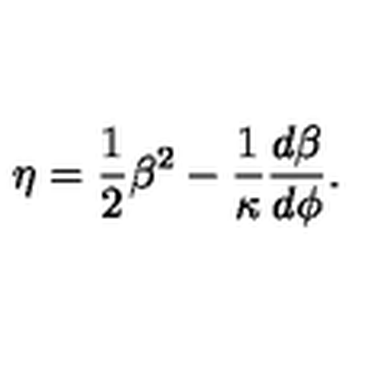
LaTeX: \eta = { \frac { 1 } { 2 } } \beta ^ { 2 } - \frac { 1 } { \kappa } { \frac { d \beta } { d \phi } } .